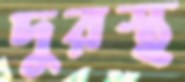
দুরস্থ